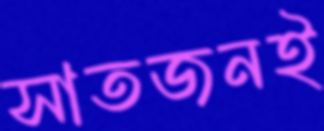
সাতজনই